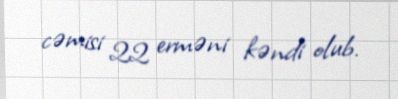
cəmisi 22 erməni kəndi olub.